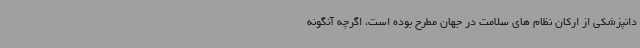
دانپزشکی از ارکان نظام های سلامت در جهان مطرح بوده است، اگرچه آنگونه